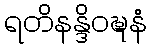
ရတိနန္ဒိဝဍ္ဎနံ